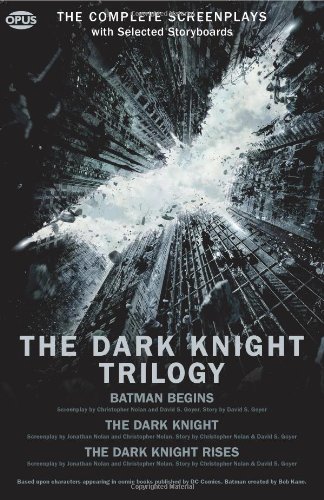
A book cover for The Dark Knight Trilogy: The Complete Screenplays (Opus Screenplay); Christopher Nolan; Humor & Entertainment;